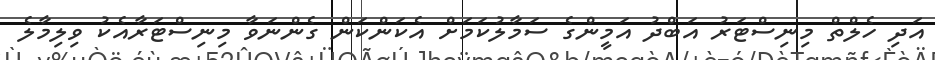
އަދި ހެލްތް މިނިސްޓަރު އަބްދު އަމީންގެ ސަމާލުކަމަށް އެކަންކަން ގެންނަވާ މިނިސްޓަރާއެކު ވިލިމާލެ